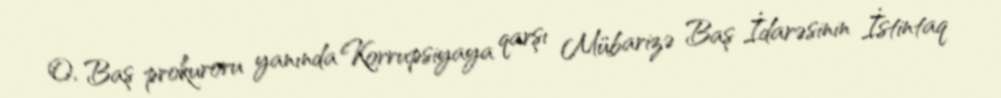
O, Baş prokuroru yanında Korrupsiyaya qarşı Mübarizə Baş İdarəsinin İstintaq